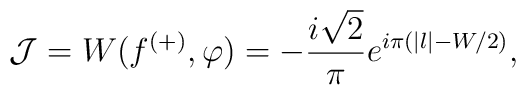
\mathcal{J} = W(f^{(+)}, \varphi)	= - \frac{i\sqrt{2}}{\pi} e^{i\pi(|l| - W/2)},